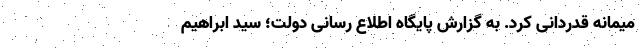
میمانه قدردانی کرد. به گزارش پایگاه اطلاع رسانی دولت؛ سید ابراهیم